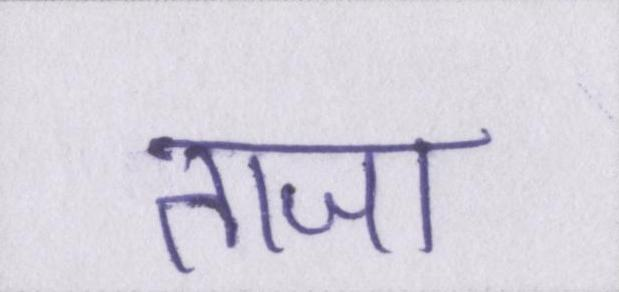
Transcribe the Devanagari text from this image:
ताजा